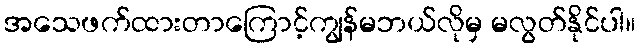
အသေဖက်ထားတာကြောင့်ကျွန်မဘယ်လိုမှ မလွတ်နိုင်ပါ။